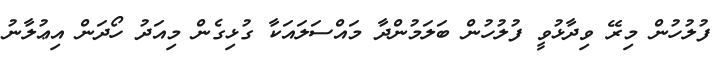
ފުލުހުން މިރޭ ވިދާޅުވީ ފުލުހުން ބަލަމުންދާ މައްސަލައަކާ ގުޅިގެން މިއަދު ހޯދަން އިޢުލާނު